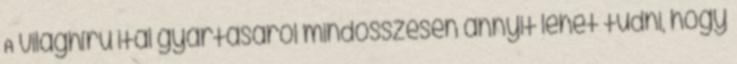
A világhírű ital gyártásáról mindösszesen annyit lehet tudni, hogy